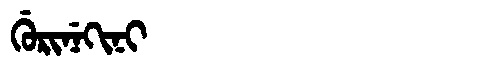
Manchu: ᡤᡠᡵᡳᠨᡝᡴᡳᠨᡳ
Romanization: GURINEKINI